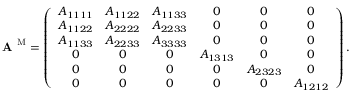
\textbf { A } ^ { \mathrm { M } } = \left( \begin{array} { c c c c c c } { A _ { 1 1 1 1 } } & { A _ { 1 1 2 2 } } & { A _ { 1 1 3 3 } } & { 0 } & { 0 } & { 0 } \\ { A _ { 1 1 2 2 } } & { A _ { 2 2 2 2 } } & { A _ { 2 2 3 3 } } & { 0 } & { 0 } & { 0 } \\ { A _ { 1 1 3 3 } } & { A _ { 2 2 3 3 } } & { A _ { 3 3 3 3 } } & { 0 } & { 0 } & { 0 } \\ { 0 } & { 0 } & { 0 } & { A _ { 1 3 1 3 } } & { 0 } & { 0 } \\ { 0 } & { 0 } & { 0 } & { 0 } & { A _ { 2 3 2 3 } } & { 0 } \\ { 0 } & { 0 } & { 0 } & { 0 } & { 0 } & { A _ { 1 2 1 2 } } \end{array} \right) .